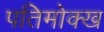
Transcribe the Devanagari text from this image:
पतिमोक्ख